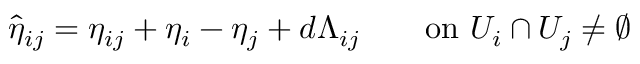
\hat { \eta } _ { i j } = \eta _ { i j } + \eta _ { i } - \eta _ { j } + d \Lambda _ { i j } \qquad \mathrm { o n ~ } U _ { i } \cap { } U _ { j } \neq \emptyset